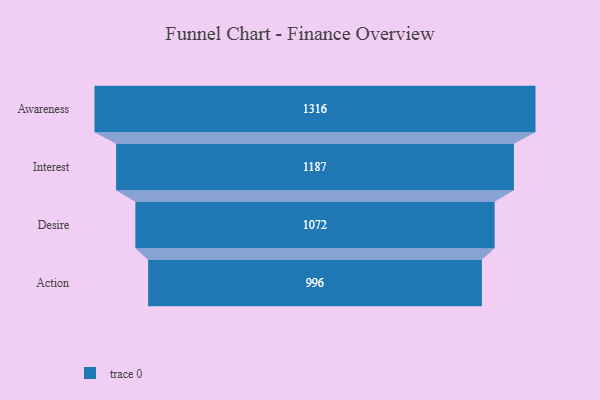
{"axis": {"x": "Stage", "y": "Value"}, "legend": [""], "data": [{"x": "Awareness", "y": 1316.0, "type": ""}, {"x": "Interest", "y": 1187.0, "type": ""}, {"x": "Desire", "y": 1072.0, "type": ""}, {"x": "Action", "y": 996.0, "type": ""}]}